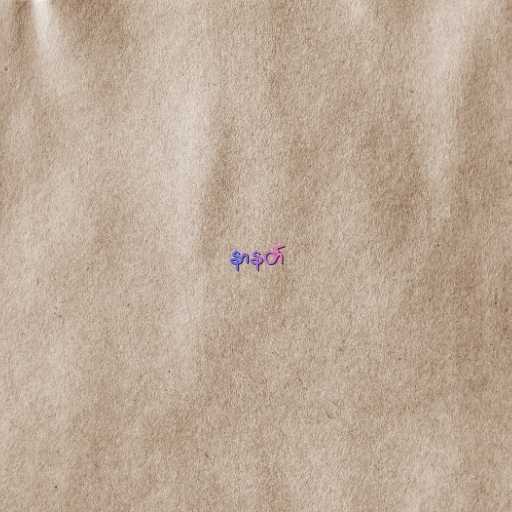
နာနတ်